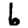
Digit: 6